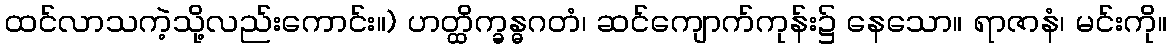
ထင်လာသကဲ့သို့လည်းကောင်း။) ဟတ္ထိက္ခန္ဓဂတံ၊ ဆင်ကျောက်ကုန်း၌ နေသော။ ရာဇာနံ၊ မင်းကို။